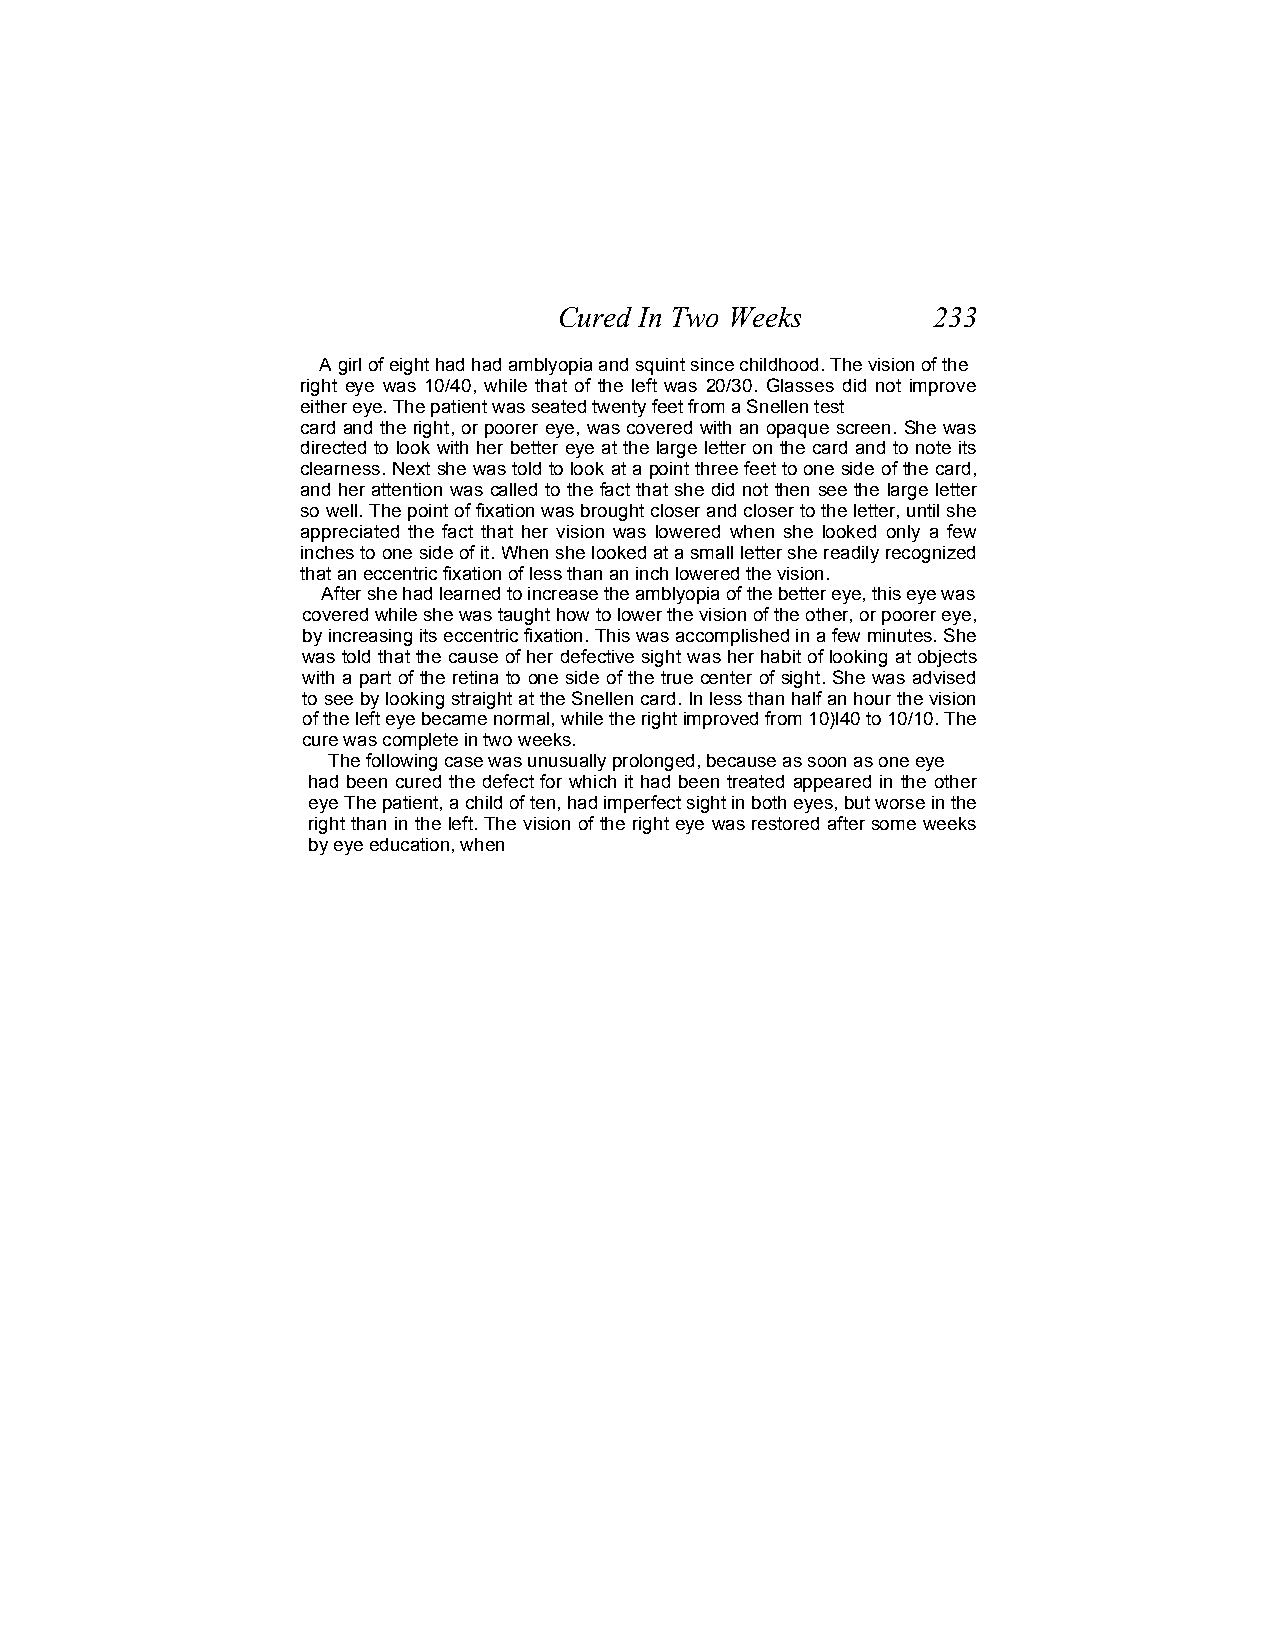
Cured In Two Weeks       233
 A girl of eight had had amblyopia and squint since childhood. The vision of the
 right eye was 10/40, while that of the left was 20/30. Glasses did not improve
 either eye. The patient was seated twenty feet from a Snellen test
 card and the right, or poorer eye, was covered with an opaque screen. She was
 directed to look with her better eye at the large letter on the card and to note its
 clearness. Next she was told to look at a point three feet to one side of the card,
 and her attention was called to the fact that she did not then see the large letter
 so well. The point of fixation was brought closer and closer to the letter, until she
 appreciated the fact that her vision was lowered when she looked only a few
 inches to one side of it. When she looked at a small letter she readily recognized
 that an eccentric fixation of less than an inch lowered the vision.
 After she had learned to increase the amblyopia of the better eye, this eye was
 covered while she was taught how to lower the vision of the other, or poorer eye,
 by increasing its eccentric fixation. This was accomplished in a few minutes. She
 was told that the cause of her defective sight was her habit of looking at objects
 with a part of the retina to one side of the true center of sight. She was advised
 to see by looking straight at the Snellen card. In less than half an hour the vision
 of the left eye became normal, while the right improved from 10)l40 to 10/10. The
 cure was complete in two weeks.
 The following case was unusually prolonged, because as soon as one eye
 had been cured the defect for which it had been treated appeared in the other
 eye The patient, a child of ten, had imperfect sight in both eyes, but worse in the
 right than in the left. The vision of the right eye was restored after some weeks
 by eye education, when